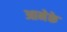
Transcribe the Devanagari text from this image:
आनेके